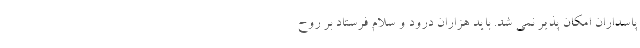
پاسداران امکان پذیر نمی شد. باید هزاران درود و سلام فرستاد بر روح